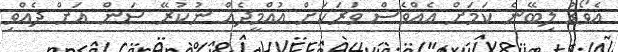
އެވޯޑު ލިބޭނެ ކަމަށް އެއްވެސް ވަރަކަށް އުއްމީދެއް ނުކުރޭ ސަން އަށް ދެއްވި